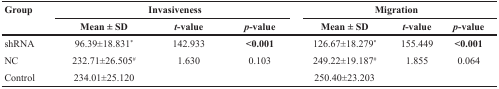
<table><thead><tr><td rowspan="2"><b>Group</b></td><td colspan="3"><b>Invasiveness</b></td><td colspan="3"><b>Migration</b></td></tr><tr><td><b>Mean ± SD</b></td><td><b><i>t</i>-value</b></td><td><b><i>p</i>-value</b></td><td><b>Mean ± SD</b></td><td><b><i>t</i>-value</b></td><td><b><i>p</i>-value</b></td></tr></thead><tbody><tr><td>shRNA</td><td>96.39±18.831<sup>*</sup></td><td>142.933</td><td><b>&lt;0.001</b></td><td>126.67±18.279<sup>*</sup></td><td>155.449</td><td><b>&lt;0.001</b></td></tr><tr><td>NC</td><td>232.71±26.505<sup>#</sup></td><td>1.630</td><td>0.103</td><td>249.22±19.187<sup>#</sup></td><td>1.855</td><td>0.064</td></tr><tr><td>Control</td><td>234.01±25.120</td><td></td><td></td><td>250.40±23.203</td><td></td><td></td></tr></tbody></table>